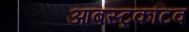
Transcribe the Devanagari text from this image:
आबस्ट्रकटिव